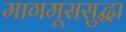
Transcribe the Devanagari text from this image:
मागमूससुद्धा